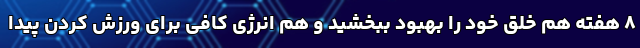
۸ هفته هم خلق خود را بهبود ببخشید و هم انرژی کافی برای ورزش کردن پیدا